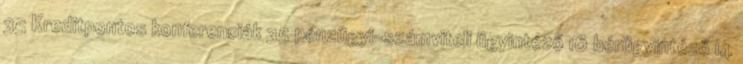
35 Kreditpontos konferenciák 35 pénzügyi-számviteli ügyintéző 16 bérügyintéző 14